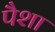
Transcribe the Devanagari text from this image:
पैशा